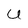
Character: U